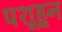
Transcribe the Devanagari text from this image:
पशूहून